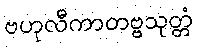
ဗဟုလီကာတဗ္ဗသုတ္တံ